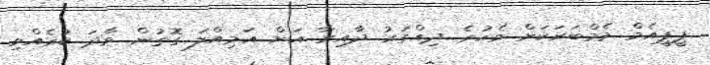
ޕީޕީއެމް މެމްބަރަކަށް ވެހުރެ ދިއްގަރު ދާއިރާ އަށް އަމިއްލަ ގޮތުން ވާދަ ކުރެއްވި